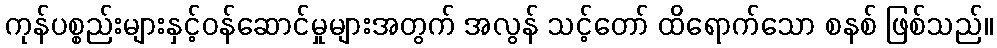
ကုန်ပစ္စည်းများနှင့်ဝန်ဆောင်မှုများအတွက် အလွန် သင့်တော် ထိရောက်သော စနစ် ဖြစ်သည်။